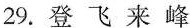
29.登飞来峰